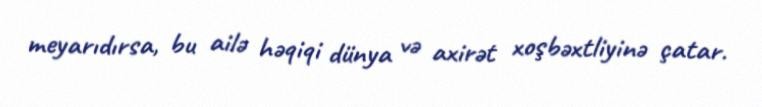
meyarıdırsa, bu ailə həqiqi dünya və axirət xoşbəxtliyinə çatar.